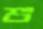
শু